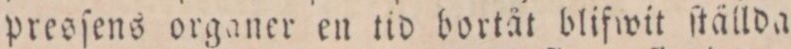
presſens organer en tid bortåt blifwit ſtällda